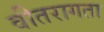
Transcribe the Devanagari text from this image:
वीतरागता